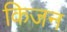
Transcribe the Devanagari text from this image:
किजन